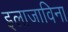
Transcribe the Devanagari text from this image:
इलाजाविना